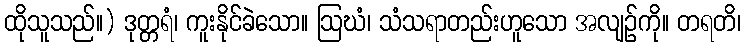
ထိုသူသည်။) ဒုတ္တရံ၊ ကူးနိုင်ခဲသော။ ဩဃံ၊ သံသရာတည်းဟူသော အလျဉ်ကို။ တရတိ၊